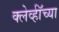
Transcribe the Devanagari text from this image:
क्लेर्व्हॉच्या